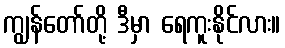
ကျွန်တော်တို့ ဒီမှာ ရေကူးနိုင်လား။